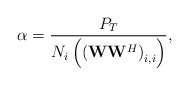
\begin{align*}\alpha = \frac{P_T}{N _{i}\left(\left(\mathbf{W}\mathbf{W}^H \right)_{i,i}\right)},\end{align*}